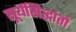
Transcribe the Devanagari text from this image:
सूर्यसिद्धांतों